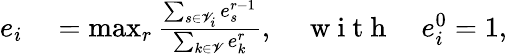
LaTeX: \begin{array}{rl}{e_{i}}&{{}=\operatorname*{max}_{r}\frac{\sum_{s\in\mathscr{V}_{i}}e_{s}^{r-1}}{\sum_{k\in\mathscr{V}}e_{k}^{r}},\quad\mathrm{~w~i~t~h~}\quad e_{i}^{0}=1,}\end{array}